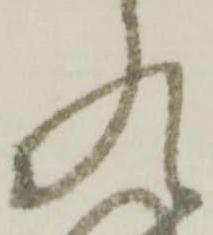
れ